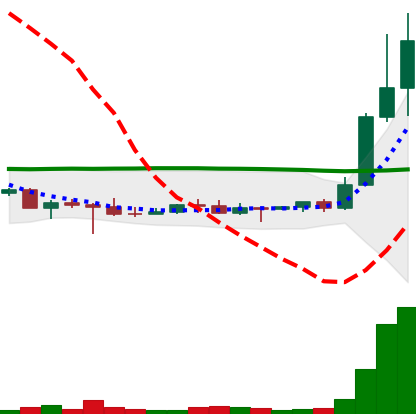
Ticker: DOGE-USD
Chart end date: 2022-10-28
Forward return: 52.365%
Label: up_7plus